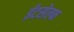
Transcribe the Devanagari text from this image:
ईटसेल्फ